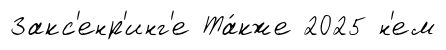
Закс'енр'инг'е Та́кже 2025 н'ем